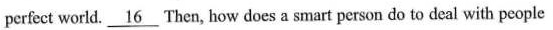
perfect world. \underline{16} Then, how does a smart person do to deal with people